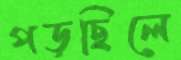
পড়ছিলে